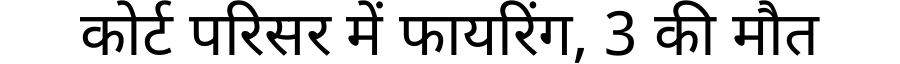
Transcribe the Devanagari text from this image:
कोर्ट परिसर में फायरिंग, 3 की मौत